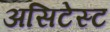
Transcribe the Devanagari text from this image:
असिटेस्ट